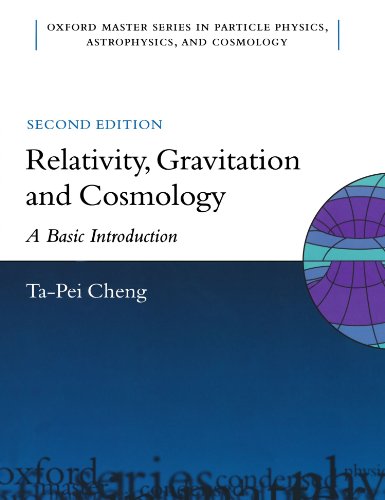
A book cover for Relativity, Gravitation and Cosmology: A Basic Introduction (Oxford Master Series in Physics); Ta-Pei Cheng; Science & Math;